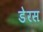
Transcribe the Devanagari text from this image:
डेरस